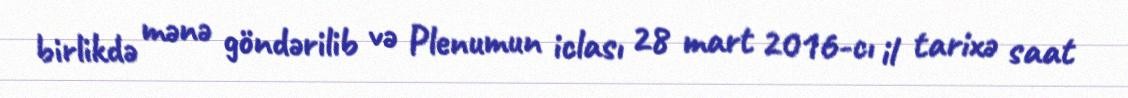
birlikdə mənə göndərilib və Plenumun iclası 28 mart 2016-cı il tarixə saat